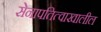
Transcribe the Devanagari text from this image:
सेनापतित्वाखालील